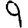
Digit: 9